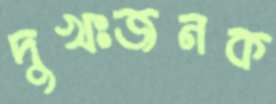
দুখঃজনক